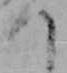
つ